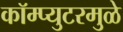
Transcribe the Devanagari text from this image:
कॉम्प्युटरमुळे